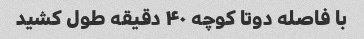
با فاصله دوتا کوچه ۴۰ دقیقه طول کشید